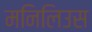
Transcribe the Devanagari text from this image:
मनिलिउस